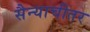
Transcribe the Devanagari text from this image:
सैन्याचीतर